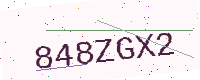
Text: 848ZGX2